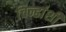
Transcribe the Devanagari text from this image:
चिन्हांशी